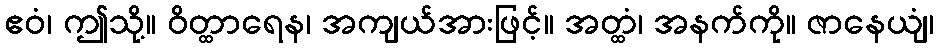
ဧဝံ၊ ဤသို့။ ဝိတ္ထာရေန၊ အကျယ်အားဖြင့်။ အတ္ထံ၊ အနက်ကို။ ဇာနေယျံ၊